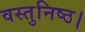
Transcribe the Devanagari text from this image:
वस्तुनिष्ठ।